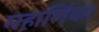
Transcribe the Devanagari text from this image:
महार्लिका